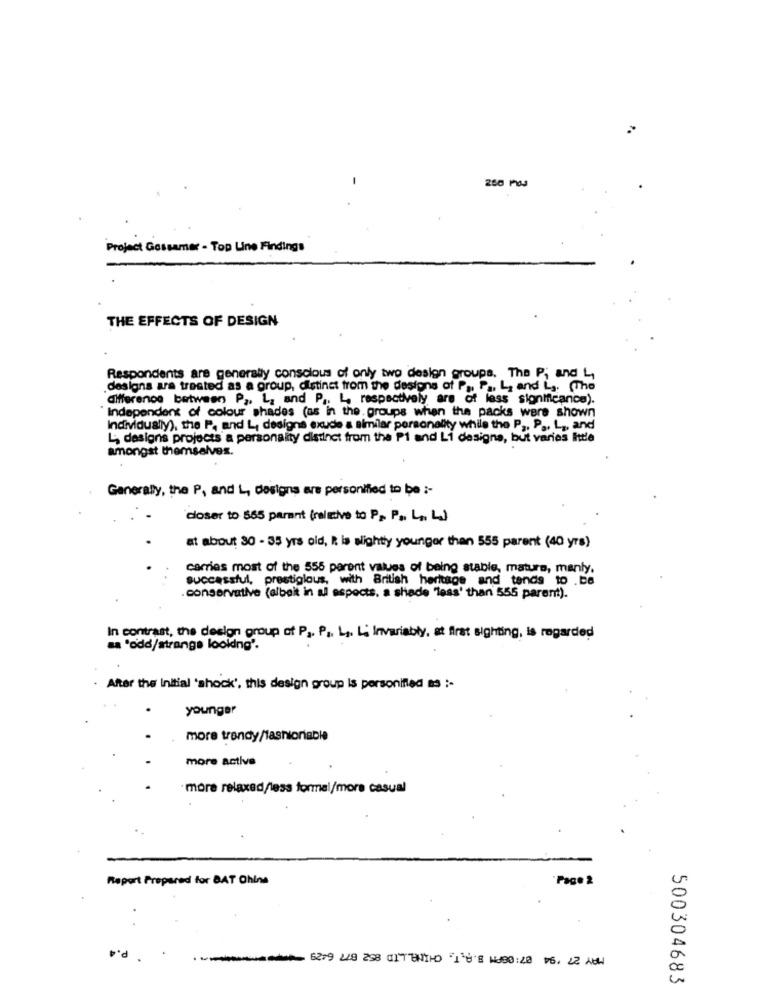
-
Project Gossamer - Top Line Findings
THE EFFECTS OF DESIGN
Respondents are generally conscious of only two design groups. The P; and L,
designs are treated as a group, distinct from the designa of Pa Pa, L, and L .. (The
difference between P ,. L. and P .. L, respectively are of less significance).
"Independent of colour shades (as in the groups when the packs were shown
Individually), the P, and L, designs exude a similar personality while the P ,, P .,
L; dasigns projects a personality distinct from the Pi and Li designs, but varies little
amongst themselves.
Generally, the P, and L, designs are personified to be :-
closer to 565 parant (relative to P> P .. L ,. L.)
at about 30 - 35 yrs old, it is slightly younger than 555 parent (40 yrs)
carries most of the 555 parent values of being stable, mature, manly.
successful, prestigious, with British heritage and tends to .be
. conservative (albeit in all aspects. a shade "less' than 555 parent).
In contrast, the design group of P1, P ,, L, Li Invariably, at first sighting, is regarded
sa 'odd/strange looking'.
After the Initial 'shock', this design group is personified as ;-
younger
more trendy/fashionable
more active
more relaxed/less formal/more casual
Report Prepared for BAT China
Page 2
6219 228 258 017 WIND 10 8 W300: 20 76, 22 NOW
500304683